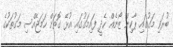
ބުރަވި މަގުގައި ޕާކިން ޒޯނެއް ހެދީ ފައިމަގުގައި އުޅޭ ގޮތަށް ހަމަޖެއްސި މަގުތަކުގެ